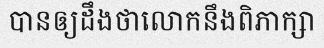
បានឲ្យដឹងថាលោកនឹងពិភាក្សា